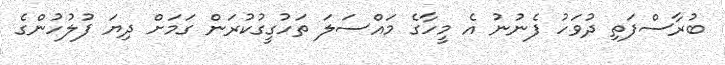
ބުރާސްފަތި ދުވަހު ފެނުނު އެ މީހާގެ މައްސަލަ ތަހުގީގުކުރަން ގަމަށް ދިޔަ ފުލުހުންގެ